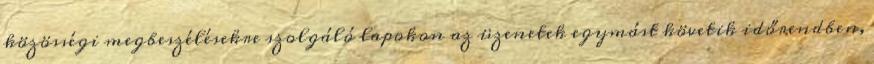
közösségi megbeszélésekre szolgáló lapokon az üzenetek egymást követik időrendben,